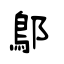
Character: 鄥